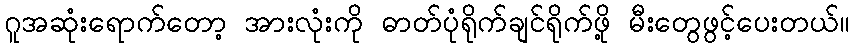
ဂူအဆုံးရောက်တော့ အားလုံးကို ဓာတ်ပုံရိုက်ချင်ရိုက်ဖို့ မီးတွေဖွင့်ပေးတယ်။